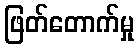
ဖြတ်တောက်မှု